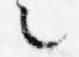
々